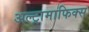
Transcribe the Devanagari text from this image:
अल्ट्रामाफिक्स